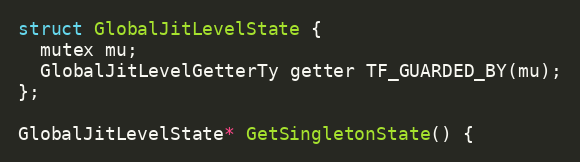
Language: C++
struct GlobalJitLevelState {
  mutex mu;
  GlobalJitLevelGetterTy getter TF_GUARDED_BY(mu);
};

GlobalJitLevelState* GetSingletonState() {